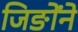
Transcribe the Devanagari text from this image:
जिङोंने